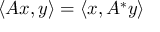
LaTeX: \langle A x , y \rangle = \left\langle x , A ^ { * } y \right\rangle